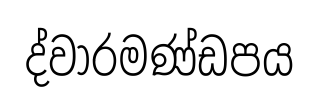
ද්වාරමණ්ඩපය